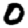
Digit: 0